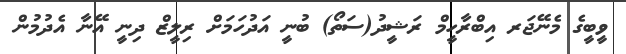
ވީބީގެ މެނޭޖަރ އިބްރާހީމް ރަޝީދު(ސަތޯ) ބުނީ އަދުހަމަށް ރިލީޒް ދިނީ އޭނާ އެދުމުން